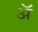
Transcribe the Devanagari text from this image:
अॅ